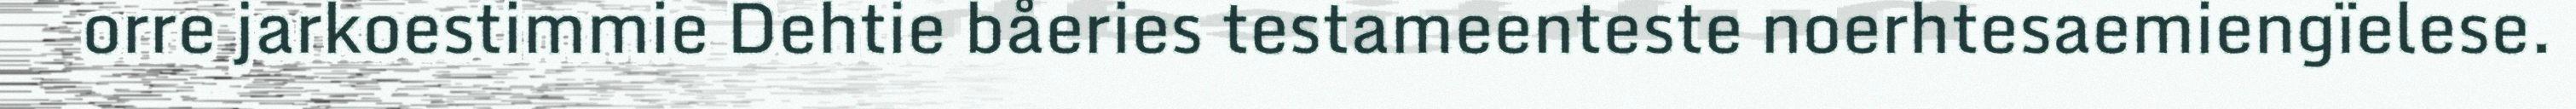
orre jarkoestimmie Dehtie båeries testameenteste noerhtesaemiengïelese.